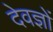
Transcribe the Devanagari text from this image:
देवज्ञों